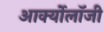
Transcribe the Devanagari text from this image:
आर्क्योलॉजी